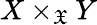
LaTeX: X\times_{\mathfrak{X}}Y